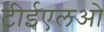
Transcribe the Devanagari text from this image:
टीईएलओ